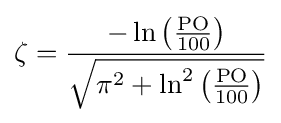
\zeta ={\frac {-\ln \left({\frac {\rm {PO}}{100}}\right)}{\sqrt {\pi ^{2}+\ln ^{2}\left({\frac {\rm {PO}}{100}}\right)}}}